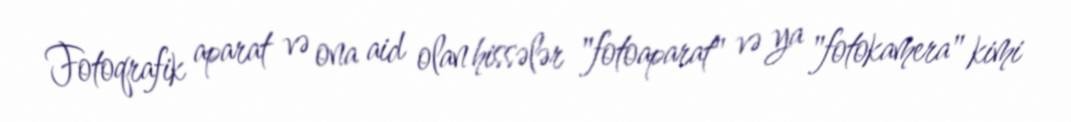
Fotoqrafik aparat və ona aid olan hissələr "fotoaparat" və ya "fotokamera" kimi